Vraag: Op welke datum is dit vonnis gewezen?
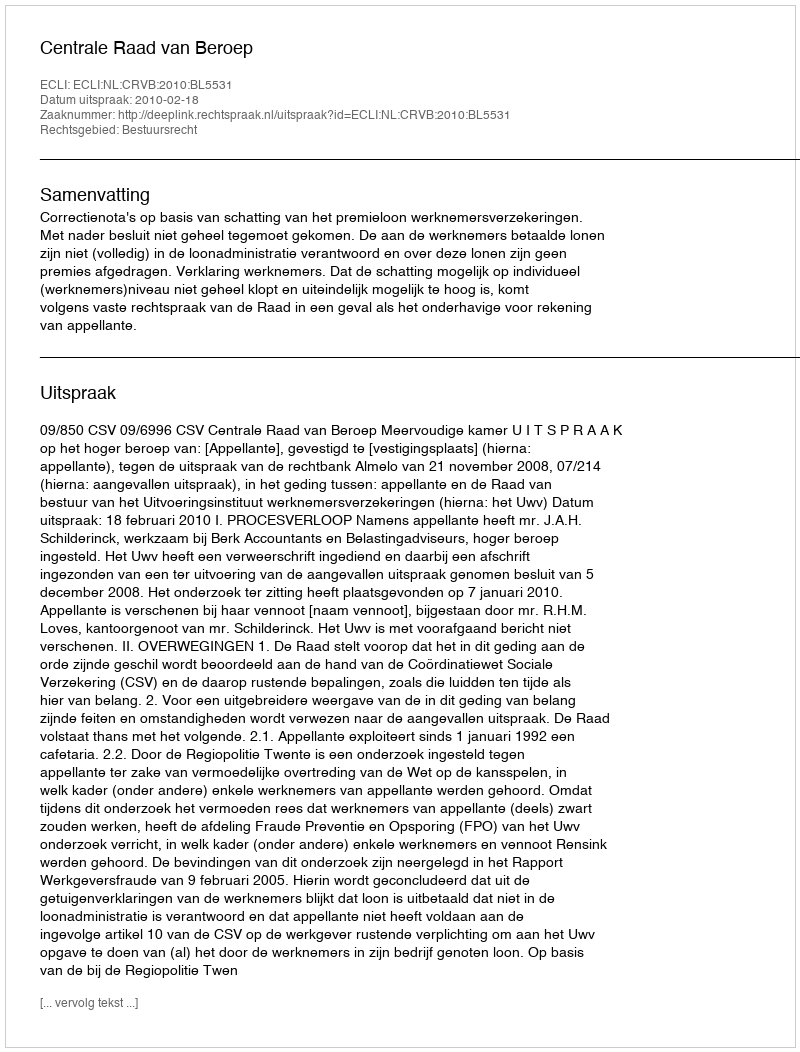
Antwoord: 2010-02-18